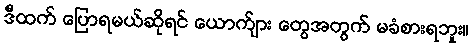
ဒီထက် ပြောရမယ်ဆိုရင် ယောက်ျား တွေအတွက် မခံစားရဘူး။